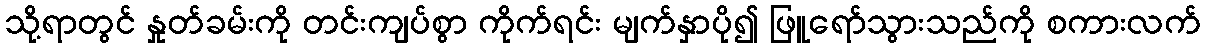
သို့ရာတွင် နှုတ်ခမ်းကို တင်းကျပ်စွာ ကိုက်ရင်း မျက်နှာပို၍ ဖြူရော်သွားသည်ကို စကားလက်